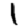
Digit: 1